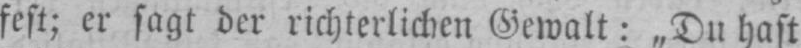
fest; er sagt der richterlichen Gewalt: „Du hast